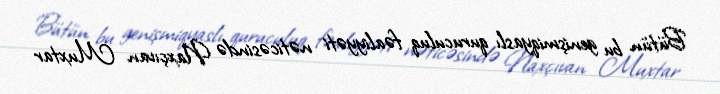
Bütün bu genişmiqyaslı quruculuq fəaliyyəti nəticəsində Naxçıvan Muxtar